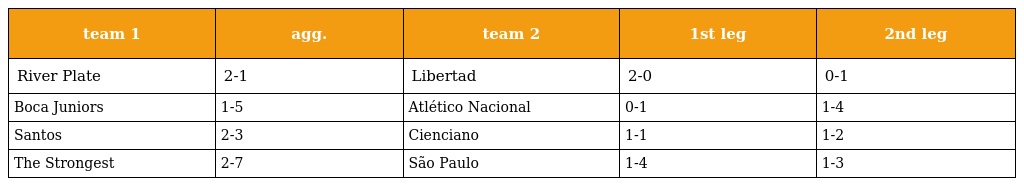
| team 1 | agg. | team 2 | 1st leg | 2nd leg |
 | --- | --- | --- | --- | --- |
 | River Plate | 2-1 | Libertad | 2-0 | 0-1 |
 | Boca Juniors | 1-5 | Atlético Nacional | 0-1 | 1-4 |
 | Santos | 2-3 | Cienciano | 1-1 | 1-2 |
 | The Strongest | 2-7 | São Paulo | 1-4 | 1-3 |